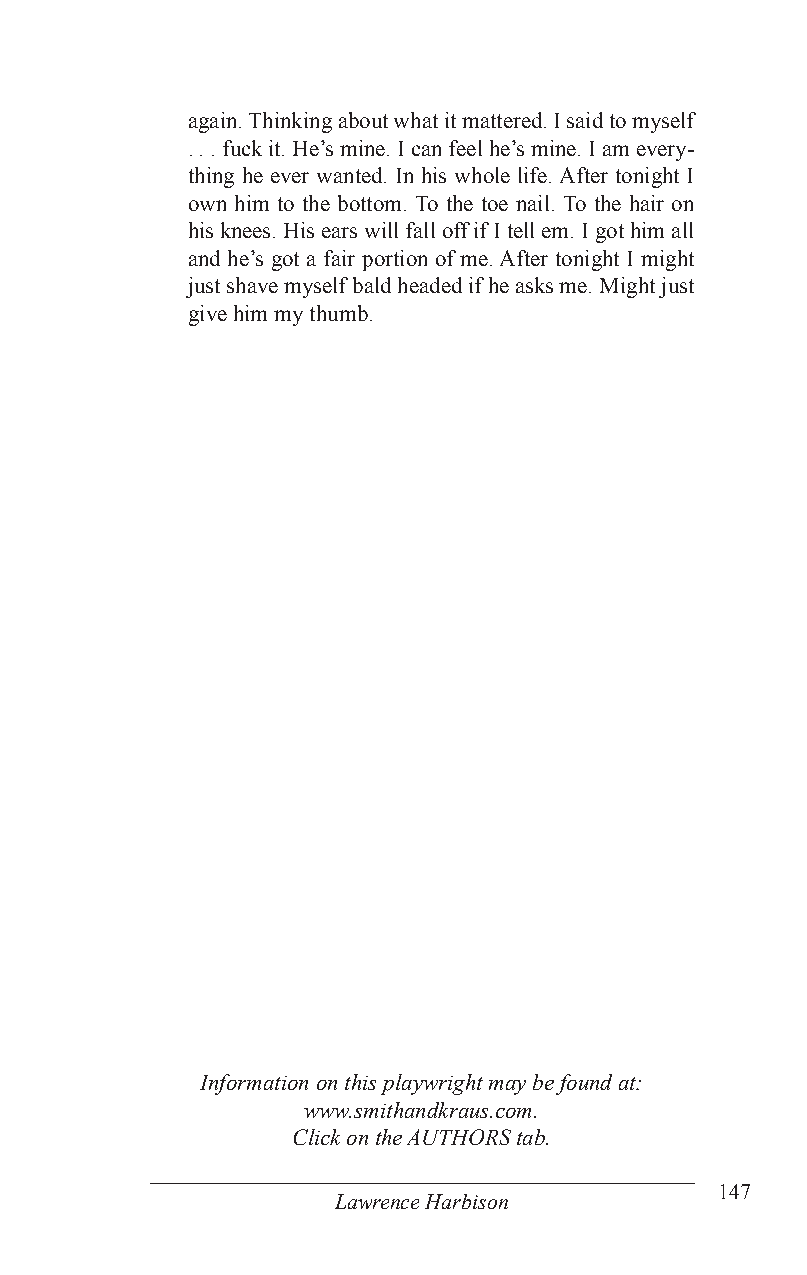
again. Thinking about what it mattered. I said to myself
 . . . fuck it. He’s mine. I can feel he’s mine. I am every-
 thing he ever wanted. In his whole life. After tonight I
 own him to the bottom. To the toe nail. To the hair on
 his knees. His ears will fall off if I tell em. I got him all
 and he’s got a fair portion of me. After tonight I might
 just shave myself bald headed if he asks me. Might just
 give him my thumb.
 Information on this playwright may be found at:
 www.smithandkraus.com.
 Click on the AUTHORS tab.
 147
 Lawrence Harbison